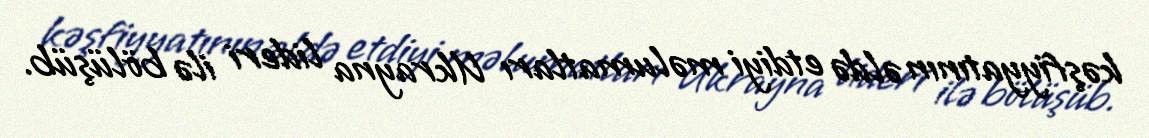
kəşfiyyatının əldə etdiyi məlumatları Ukrayna lideri ilə bölüşüb.